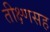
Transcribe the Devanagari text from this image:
तीक्ष्णसह